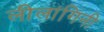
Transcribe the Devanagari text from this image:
लीलांगिनी